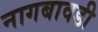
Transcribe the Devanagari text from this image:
नागबावडी